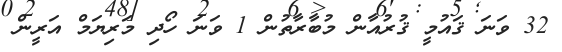
32 ވަނަ ޤައުމީ ޤުރުއާން މުބާރާތުން 1 ވަނަ ހޯދި މަރިޔަމް އަރީން